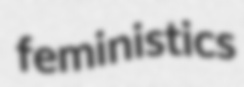
feministics